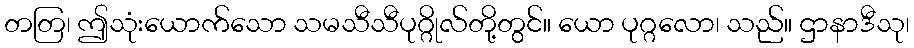
တတြ၊ ဤသုံးယောက်သော သမသီသီပုဂ္ဂိုလ်တို့တွင်။ ယော ပုဂ္ဂလော၊ သည်။ ဌာနာဒီသု၊